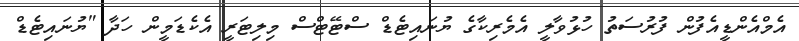
އެމްއެންޑީއެފުން ފުރުސަތު ހުޅުވާލީ އެމެރިކާގެ ޔުނައިޓެޑް ސްޓޭޓްސް މިލިޓަރީ އެކެޑަމީން ހަދާ "ޔުނައިޓެޑް